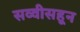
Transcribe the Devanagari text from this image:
सव्वीसहून